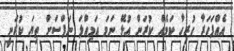
އެއްފަހަރާ ހުރިހާ ކަމެއް ކުރަން އުޅޭ ނަމަ އަމިއްލަ ނަފްސަށް ތިޔަ ކުރަނީ